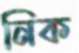
নিক